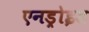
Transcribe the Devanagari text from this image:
एनड्रोइड